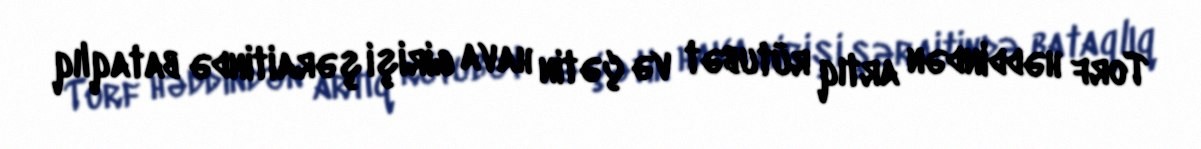
Torf həddindən artıq rütubət və çətin hava girişi şəraitində bataqlıq